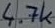
Text: 4.7k